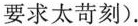
要求太苛刻).